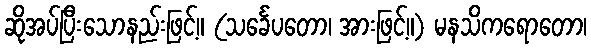
ဆိုအပ်ပြီးသောနည်းဖြင့်။ (သင်္ခေပတော၊ အားဖြင့်။) မနသိကရောတော၊